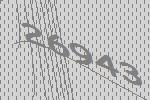
26943